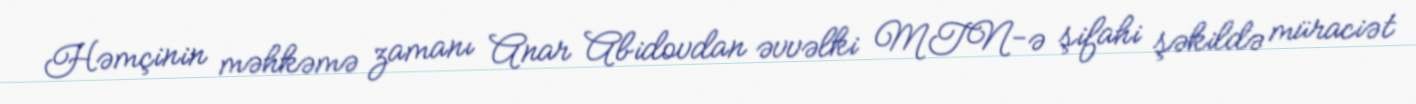
Həmçinin məhkəmə zamanı Anar Abidovdan əvvəlki MTN-ə şifahi şəkildə müraciət